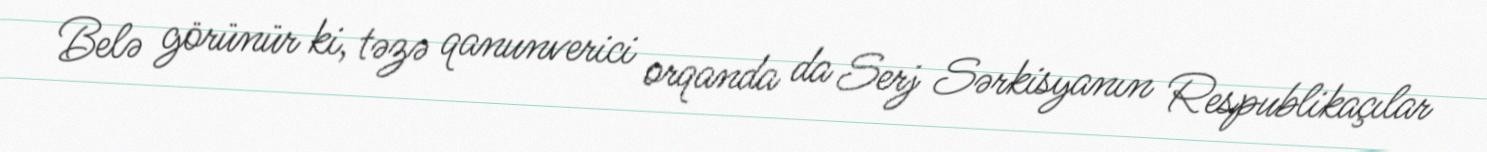
Belə görünür ki, təzə qanunverici orqanda da Serj Sərkisyanın Respublikaçılar